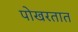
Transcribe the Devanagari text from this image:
पोखरतात